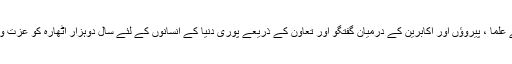
انہوں نے کہا کہ اس بات کی کوشش کرنی چاہئے کہ ادیان الہی کے علما ، پیروؤں اور اکابرین کے درمیان گفتگو اور تعاون کے ذریعے پوری دنیا کے انسانوں کے لئے سال دوہزار اٹھارہ کو عزت و معنویت اور رفاہ وآسائش سے مملو اور تشدد سےعاری سال بنائیں۔